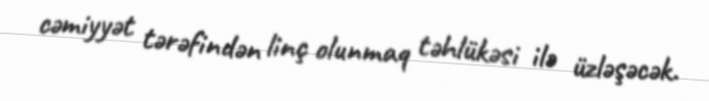
cəmiyyət tərəfindən linç olunmaq təhlükəsi ilə üzləşəcək.